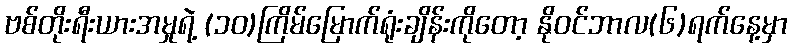
ဗစ်တိုးရီးယားအမှုရဲ့ (၁၀)ကြိမ်မြောက်ရုံးချိန်းကိုတော့ နိုဝင်ဘာလ(၆)ရက်နေ့မှာ